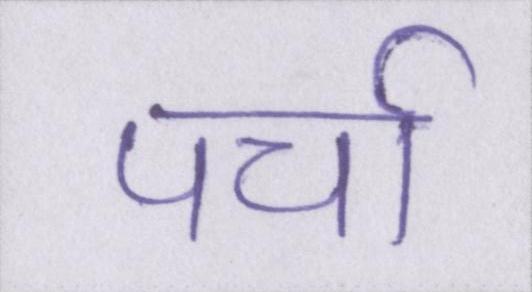
पर्चा